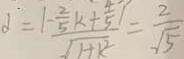
\partial = \frac { 1 - \frac { 2 } { 5 } k + \frac { 4 } { 5 } } { \sqrt { 1 + k ^ { 2 } } } = \frac { 2 } { \sqrt { 5 } }